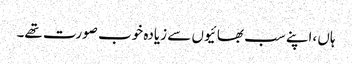
ہاں ،اپنے سب بھائیوں سے زیادہ خوب صورت تھے۔